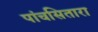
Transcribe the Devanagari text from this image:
पांचसितारा